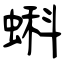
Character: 蝌